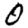
Digit: 0